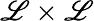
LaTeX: \mathscr{L}\times\mathscr{L}